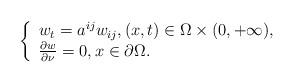
LaTeX: \begin{align*}\left\{ \begin{array}{l} w_t = a^{ij} w_{ij} ,(x,t) \in \Omega \times (0, + \infty), \\ \frac{{\partial w}}{{\partial \nu }} = 0, x \in \partial \Omega. \\\end{array} \right.\end{align*}